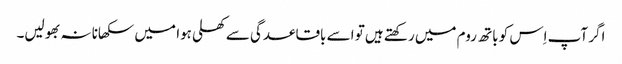
اگر آپ اِس کو باتھ روم میں رکھتے ہیں تو اسے باقاعدگی سے کھلی ہوا میں سکھانا نہ بھولیں۔